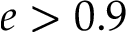
e > 0 . 9